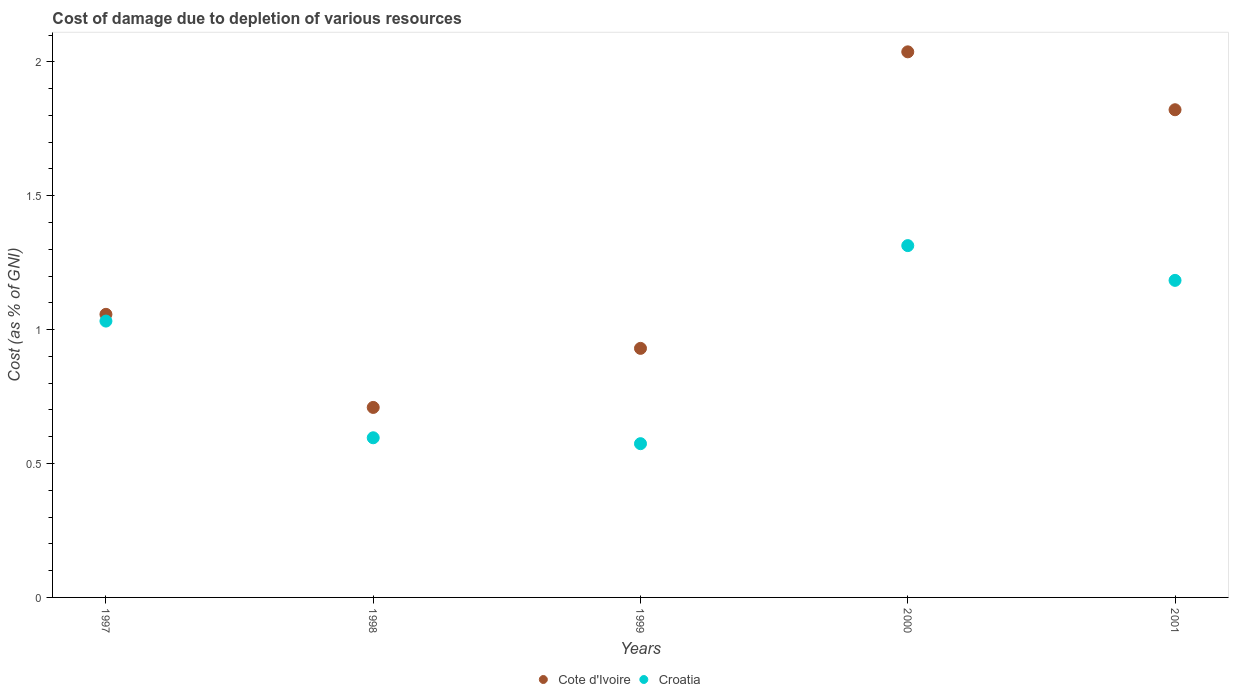
| Years | Cote d'Ivoire | Croatia |
 | --- | --- | --- |
 | 1997 | 1.06 | 1.03 |
 | 1998 | 0.71 | 0.596 |
 | 1999 | 0.93 | 0.574 |
 | 2000 | 2.04 | 1.31 |
 | 2001 | 1.82 | 1.18 |